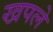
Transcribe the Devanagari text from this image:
खपले